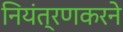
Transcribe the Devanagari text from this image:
नियंत्रणकरने